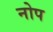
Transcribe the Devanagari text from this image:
नोप